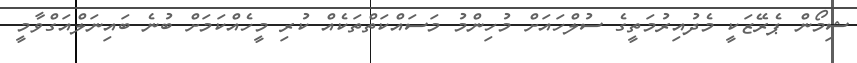
ޝިމޯން ޕެރޭޒަކީ މެދުއިރުމަތީގެ ސުލްހައަށް މުހިންމު މަސައްކަތްތަކެއް ކުރި މީހެއްކަމަށް ބުނެ ބައިނަލްއަގްވާމީ